Madras plague regulations in force outside the Presidency town - Volume 1
Disease focus: Plague
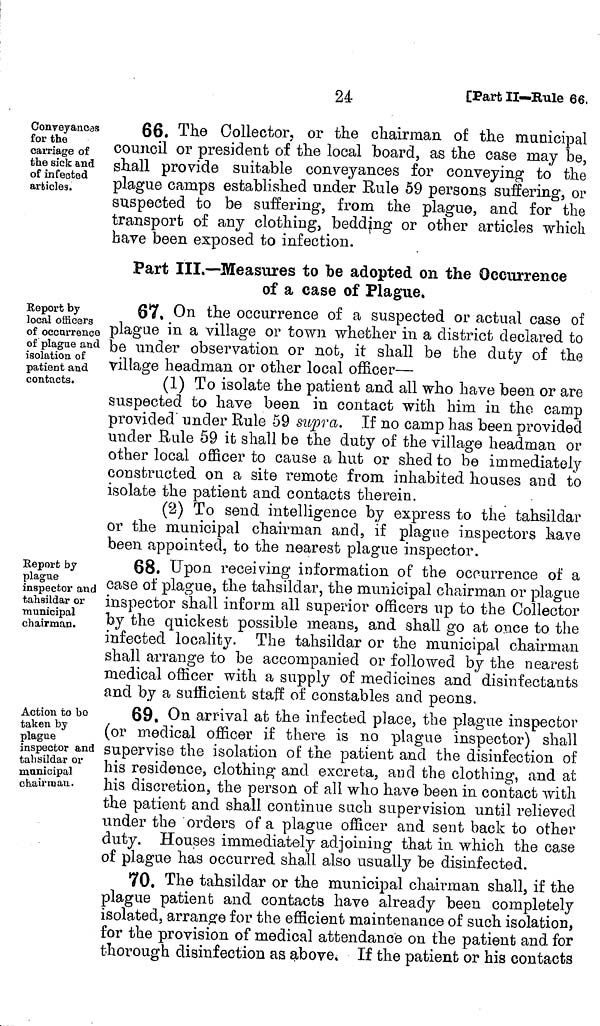
24
CPart II—Rule 66.
Conveyances
for the
carriage of
the sick and
of infected
articles.
66. The Collector, or the chairman of the municipal
council or president of the local board, as the case may be,
shall provide suitable conveyances for conveying to the
plague camps established under Rule 59 persons suffering, or
suspected to be suffering, from the plague, and for the
transport of any clothing, bedding or other articles which
have been exposed to infection.
Part III.—Measures to be adopted on the Occurrence
of a case of Plague.
Eeport by
local officers
of occurrence
of plague and
isolation of
patient and
contacts.
67, On the occurrence of a suspected or actual case of
plague in a village or town whether in a district declared to
be under observation or not, it shall be the duty of the
village headman or other local officer—
(1) To isolate the patient and all who have been or are
suspected to have been in contact with him in the camp
provided' under Rule 59 supra. If no camp has been provided
under Rule 59 it shall be the duty of the village headman or
other local officer to cause a hut or shed to be immediately
constructed on a site remote from inhabited houses and to
isolate the patient and contacts therein.
(2) To send intelligence by express to the tahsildar
or the municipal chairman and, if plague inspectors have
been appointed, to the nearest plague inspector.
Eeport by
plague
inspector and
tahsildar or
municipal
chairman.
68. Upon receiving information of the occurrence of a
case of plague, the tahsildar, the municipal chairman or plague
inspector shall inform all superior officers up to the Collector
by the quickest possible means, and shall go at once to the
infected locality. The tahsildar or the municipal chairman
shall arrange to be accompanied or followed by the nearest
medical officer with a supply of medicines and disinfectants
and by a sufficient staff of constables and peons.
Action to bo
taken by
plague
inspector and
tahsildar or
municipal
chairman.
69. On arrival at the intected place, the plague inspector
(or medical officer if there is no plague inspector) shall
supervise the isolation of the patient and the disinfection of
his residence, clothing and excreta, and the clothing, and at
his discretion, the person of all who have been in contact with
the patient and shall continue such supervision until relieved
under the orders of a plague officer and sent back to other
duty. Houses immediately adjoining that in which the case
of plague has occurred shall also usually be disinfected.
70. The tahsildar or the municipal chairman shall, if the
plague patient and contacts have already been completely
isolated, arrange for the efficient maintenance of such isolation,
for the provision of medical attendance on the patient and. for
thorough disinfection as above. If the patient or his contacts